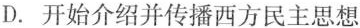
D.开始介绍并传播西方民主思想